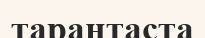
тарантаста